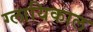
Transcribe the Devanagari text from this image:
ग्लायिकाल